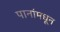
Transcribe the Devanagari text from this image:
पानांमधून